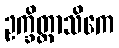
ဥက္ခိတ္တာသိကေ